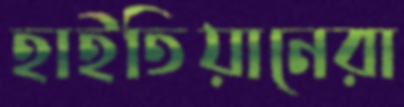
হাইতিয়ানেরা